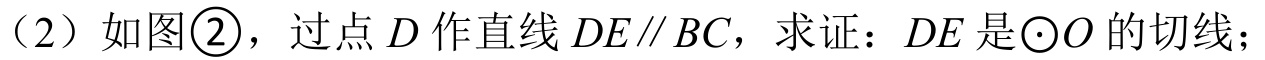
（2）如图\textcircled{2}，过点\(D\)作直线\(DE\parallel BC\)，求证：\(DE\)是\(\odot O\)的切线；